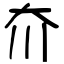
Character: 夼